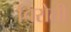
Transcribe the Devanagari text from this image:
चिरोती